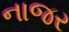
નાજર